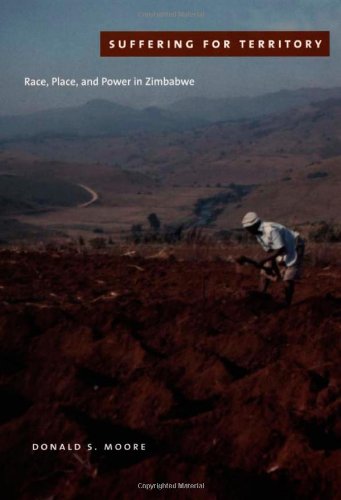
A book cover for Suffering for Territory: Race, Place, and Power in Zimbabwe; Donald S. Moore; Law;